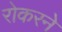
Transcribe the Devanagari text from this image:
रोकरने